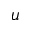
u